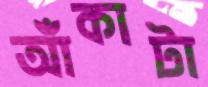
আঁকাটা